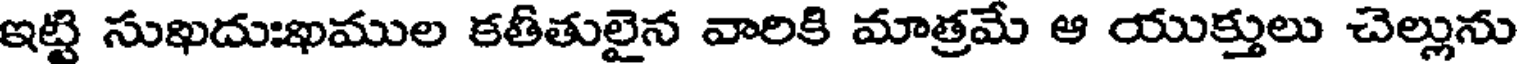
ఇట్టి సుఖదుఃఖముల కతీతులైన వారికి మాత్రమే ఆ యుక్తులు చెల్లును